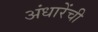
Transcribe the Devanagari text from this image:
अंधारेंची